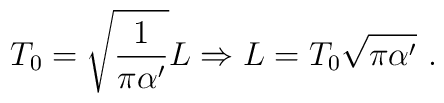
T_0=\sqrt{\frac{1}{\pi\alpha'}}L \Rightarrow L=T_0\sqrt{\pi \alpha'} \ .